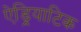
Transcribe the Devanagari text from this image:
ऐड्रियाटिक